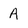
Character: A